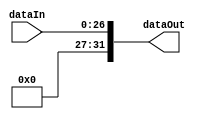
module target_27_extender(dataIn, dataOut);

    input [26:0] dataIn;
    output [31:0] dataOut;

    assign dataOut[31] = 1'b0;
    assign dataOut[30] = 1'b0;
    assign dataOut[29] = 1'b0;
    assign dataOut[28] = 1'b0;
    assign dataOut[27] = 1'b0;
    assign dataOut[26:0] = dataIn[26:0];

endmodule